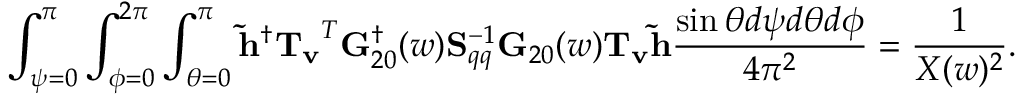
\int _ { \psi = 0 } ^ { \pi } \int _ { \phi = 0 } ^ { 2 \pi } \int _ { \theta = 0 } ^ { \pi } { \bf \tilde { h } } ^ { \dagger } { \bf T _ { v } } ^ { T } { \bf G } _ { 2 0 } ^ { \dagger } ( w ) { \bf S } _ { q q } ^ { - 1 } { \bf G } _ { 2 0 } ( w ) { \bf T _ { v } } { \bf \tilde { h } } \frac { \sin \theta d \psi d \theta d \phi } { 4 \pi ^ { 2 } } = \frac { 1 } { X ( w ) ^ { 2 } } .